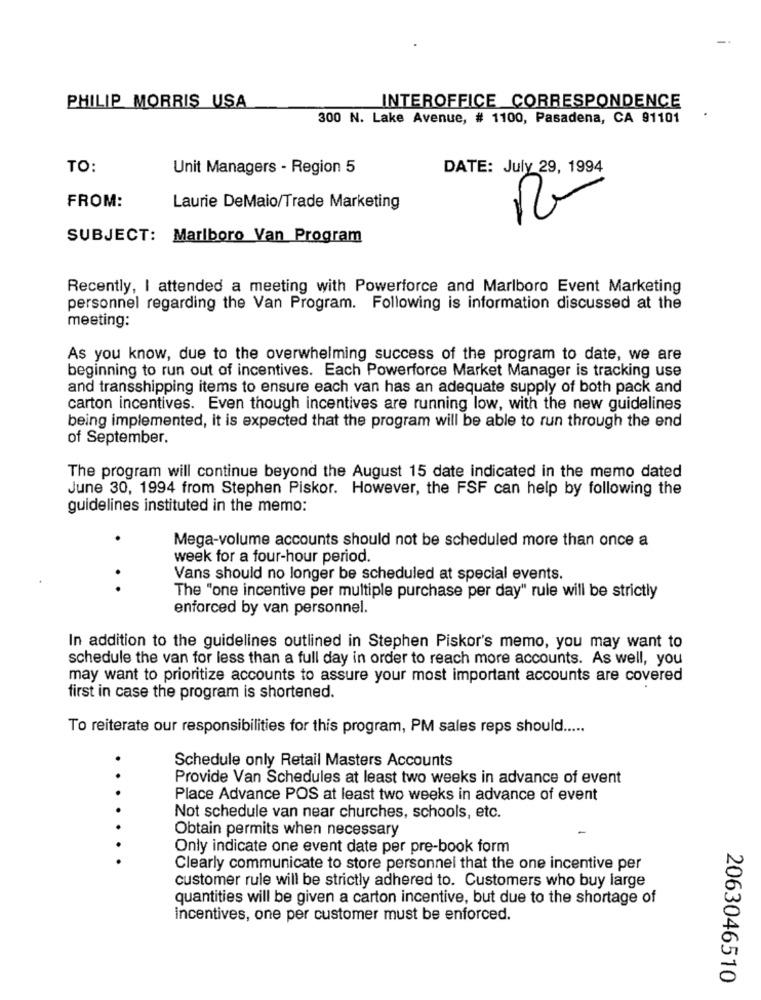
PHILIP MORRIS USA
INTEROFFICE CORRESPONDENCE
300 N. Lake Avenue, # 1100, Pasadena, CA 91101
TO:
Unit Managers - Region 5
DATE: July 29, 1994
FROM:
C
Laurie DeMaio/Trade Marketing
SUBJECT: Marlboro Van Program
Recently, I attended a meeting with Powerforce and Marlboro Event Marketing
personnel regarding the Van Program. Following is information discussed at the
meeting:
As you know, due to the overwhelming success of the program to date, we are
beginning to run out of incentives. Each Powerforce Market Manager is tracking use
and transshipping items to ensure each van has an adequate supply of both pack and
carton incentives. Even though incentives are running low, with the new guidelines
being implemented, it is expected that the program will be able to run through the end
of September.
The program will continue beyond the August 15 date indicated in the memo dated
June 30, 1994 from Stephen Piskor. However, the FSF can help by following the
guidelines instituted in the memo:
.
Mega-volume accounts should not be scheduled more than once a
week for a four-hour period.
Vans should no longer be scheduled at special events.
. .
The "one incentive per multiple purchase per day" rule will be strictly
enforced by van personnel.
In addition to the guidelines outlined in Stephen Piskor's memo, you may want to
schedule the van for less than a full day in order to reach more accounts. As well, you
may want to prioritize accounts to assure your most important accounts are covered
first in case the program is shortened.
To reiterate our responsibilities for this program, PM sales reps should .....
.
Schedule only Retail Masters Accounts
Provide Van Schedules at least two weeks in advance of event
Place Advance POS at least two weeks in advance of event
Not schedule van near churches, schools, etc.
Obtain permits when necessary
Only indicate one event date per pre-book form
Clearly communicate to store personnel that the one incentive per
customer rule will be strictly adhered to. Customers who buy large
quantities will be given a carton incentive, but due to the shortage of
Incentives, one per customer must be enforced.
2063046510